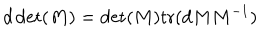
d \det ( M ) = \det ( M ) \mathrm { t r } ( d M M ^ { - 1 } ) \nonumber